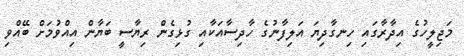
މަޖިލީހުގެ އިދާރާގައި ހިނގާދިޔަ އަލިފާނުގެ ހާދިސާއަކާއި ގުޅިގެން ރިޔާސީ ބަޔާން އިއްވުމަށް ބޭއްވި